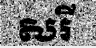
សរី